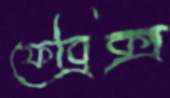
ফেব্রিক্স